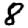
Digit: 8